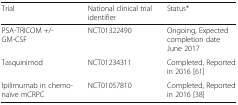
| Trial | National clinical trial identifier | Status* |
 | --- | --- | --- |
 | PSA-TRICOM +/- GM-CSF | NCT01322490 | Ongoing, Expected completion date June 2017 |
 | Tasquinimod | NCT01234311 | Completed, Reported in 2016 [61] |
 | Ipilimumab in chemo-naïve mCRPC | NCT01057810 | Completed, Reported in 2016 [38] |